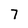
Character: 7